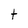
Character: t